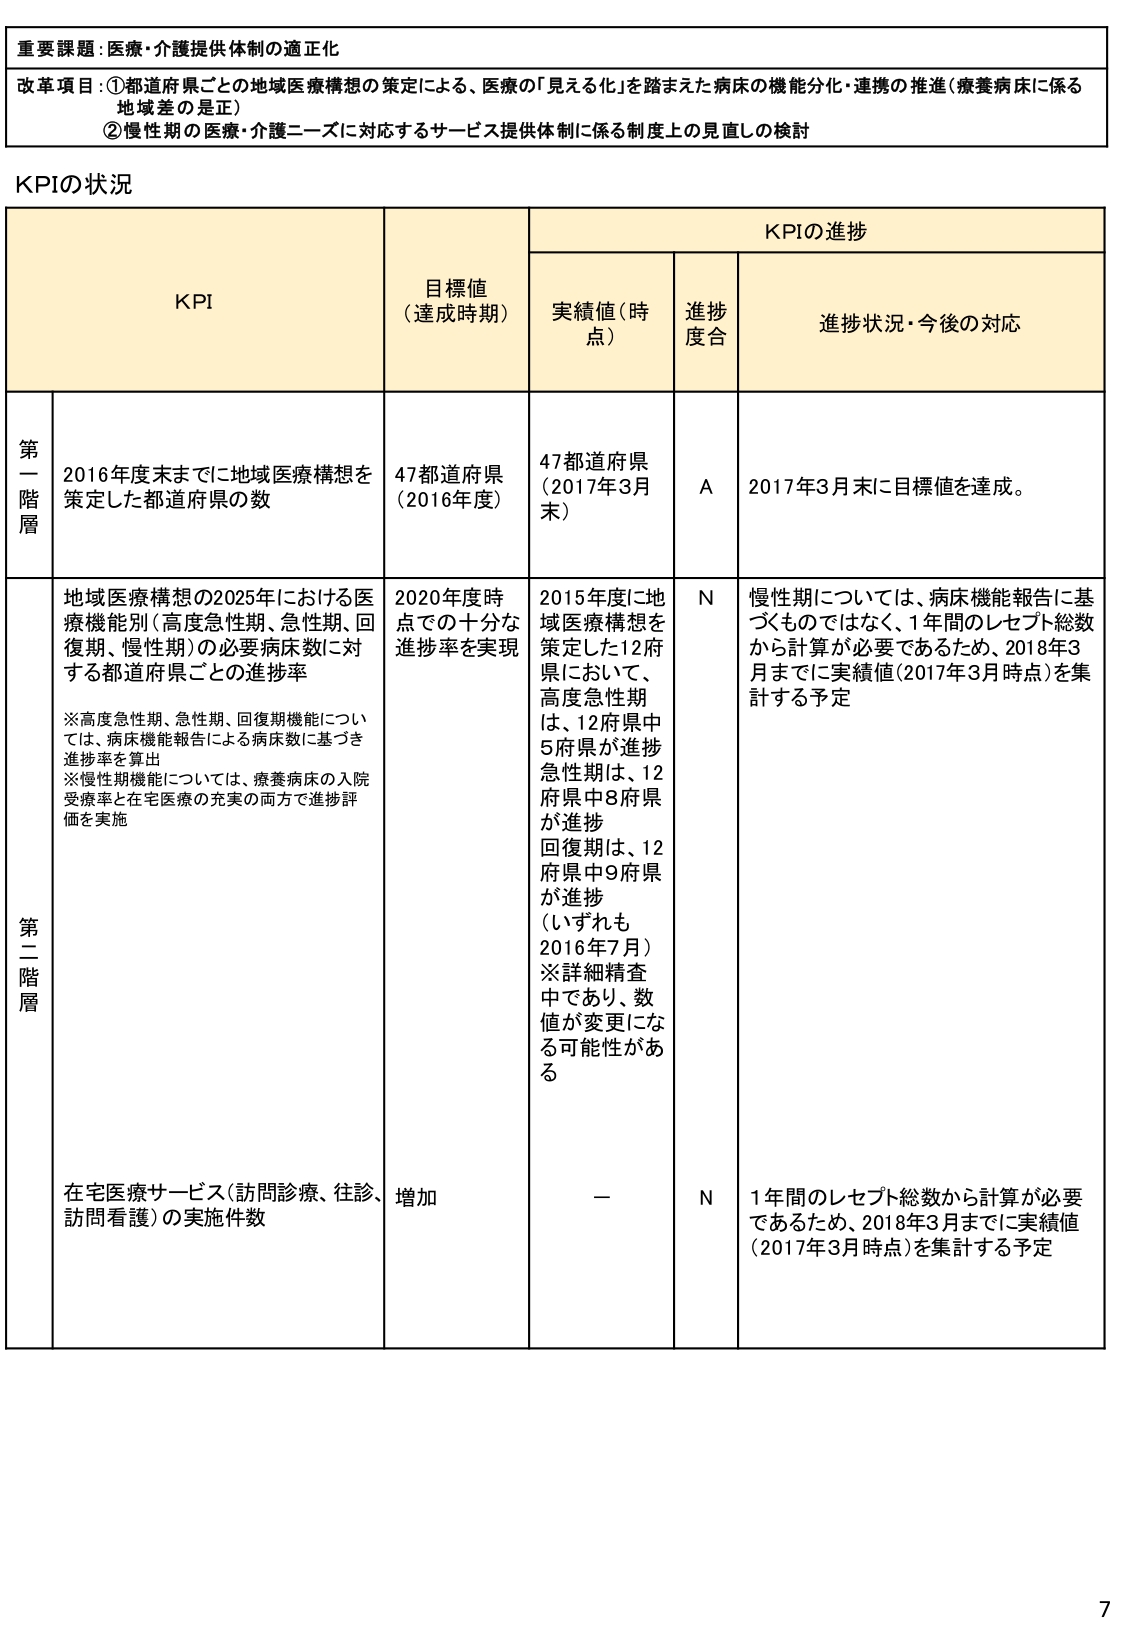
重要課題：医療・介護提供体制の適正化

改革項目：①都道府県ごとの地域医療構想の策定による、医療の「見える化」を踏まえた病床の機能分化・連携の推進（療養病床に係る地域差の是正）
②慢性期の医療・介護ニーズに対応するサービス提供体制に係る制度上の見直しの検討

KPIの状況

KPIの進捗
KPI
目標値（達成時期）
実績値（時点）
進捗度合
進捗状況・今後の対応

第一階層
2016年度末までに地域医療構想を策定した都道府県の数
47都道府県（2016年度）
47都道府県（2017年3月末）
A
2017年3月末に目標値を達成。

第二階層
地域医療構想の2025年における医療機能別（高度急性期、急性期、回復期、慢性期）の必要病床数に対する都道府県ごとの進捗率

※高度急性期、急性期、回復期機能については、病床機能報告による病床数に基づき進捗率を算出
※慢性期機能については、療養病床の入院受療率と在宅医療の充実の両方で進捗評価を実施

2020年度時点での十分な進捗率を実現
2015年度に地域医療構想を策定した12府県において、
高度急性期は、12府県中5府県が進捗
急性期は、12府県中8府県が進捗
回復期は、12府県中9府県が進捗
（いずれも2016年7月）
※詳細精査中であり、数値が変更になる可能性がある
N
慢性期については、病床機能報告に基づくものではなく、1年間のレセプト総数から計算が必要であるため、2018年3月までに実績値（2017年3月時点）を集計する予定

在宅医療サービス（訪問診療、往診、訪問看護）の実施件数
増加
－
N
1年間のレセプト総数から計算が必要であるため、2018年3月までに実績値（2017年3月時点）を集計する予定

7